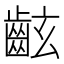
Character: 𪗰